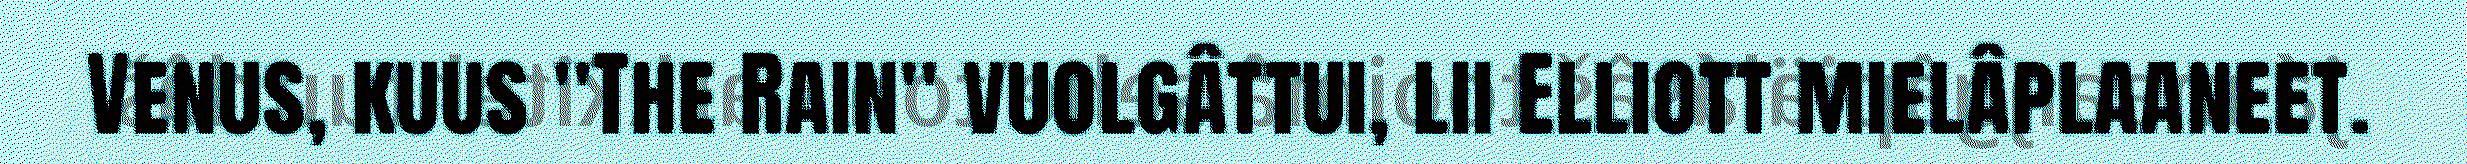
Venus, kuus "The Rain" vuolgâttui, lii Elliott mielâplaaneet.